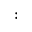
: